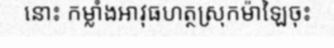
នោះ កម្លាំងអាវុធហត្ថស្រុកម៉ាឡៃចុះ